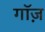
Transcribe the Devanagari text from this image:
गॉज़